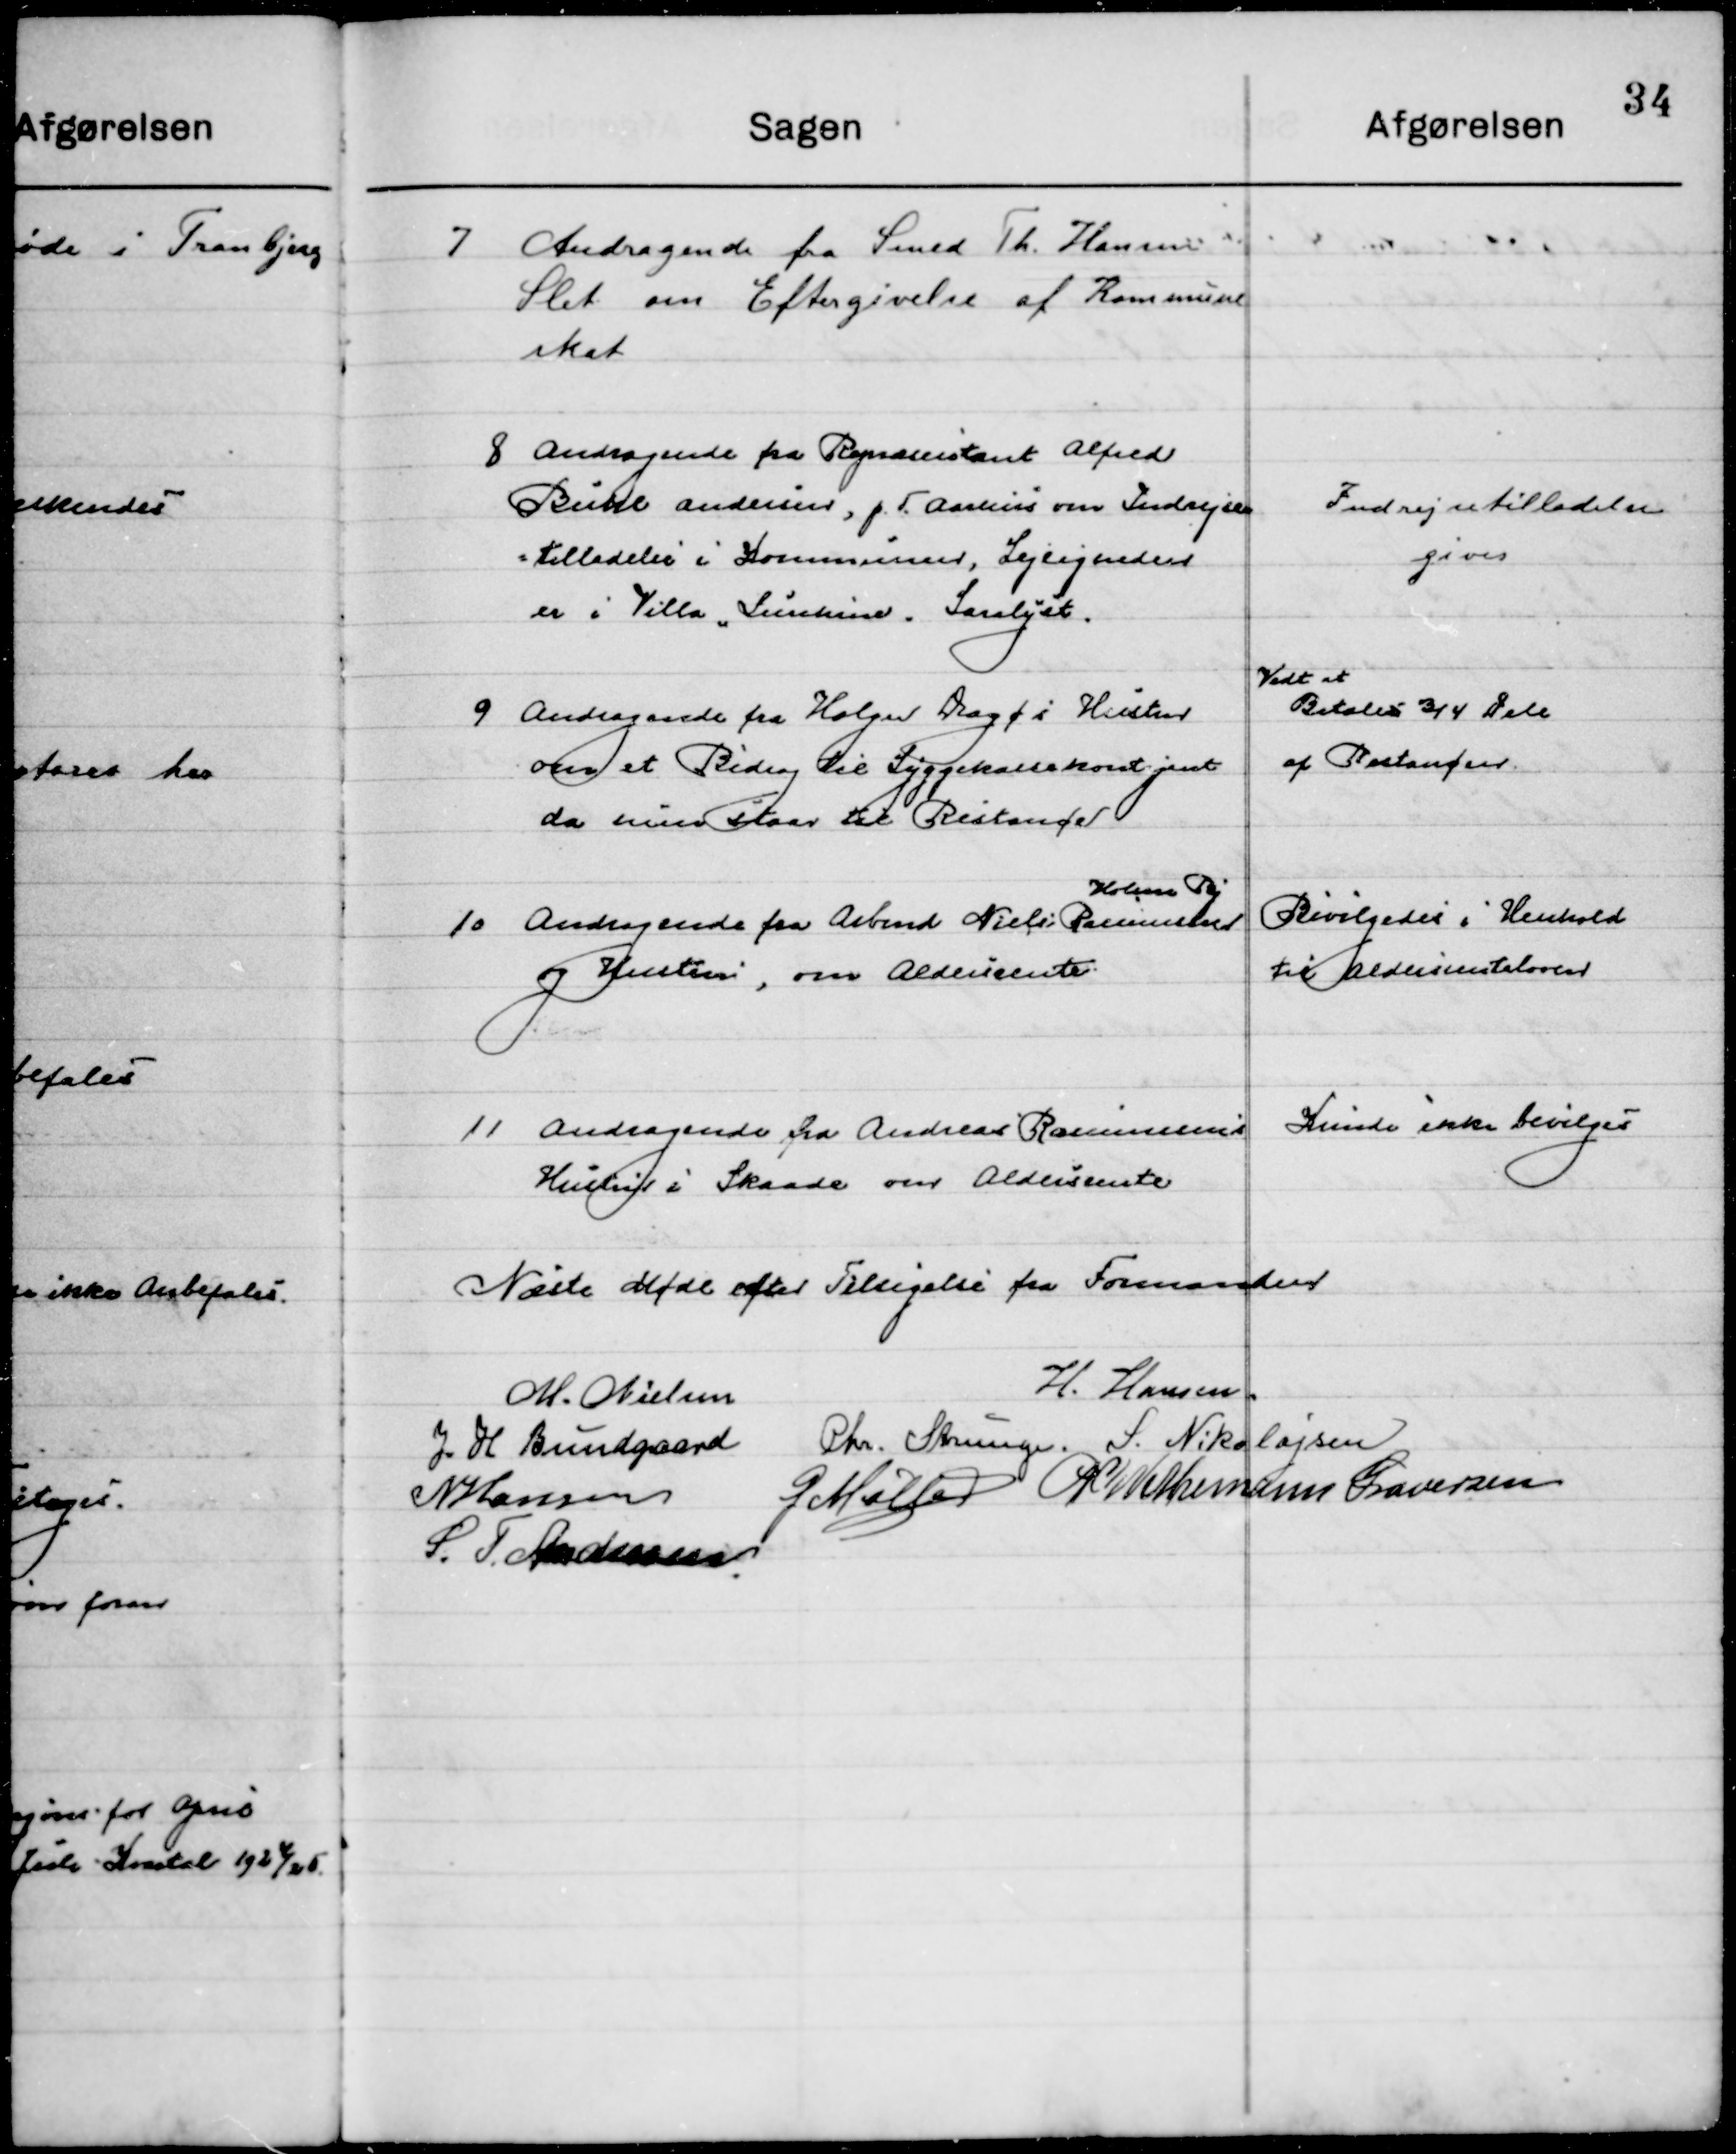
Transskription:
7

Andragende fra Smed Th. Hansen
Slet om Eftergivelse af Kommune 
skat.

8

Andragende fra Repræsentant Alfred
Buhl Andersen, p.T. Aarhus om Indrejse-
tilladelse i Kommunen, Lejligheden
er i Villa ”Sunskind”  Saralyst.

Indrejsetilladelse
gives

9

Andragende fra Holger Dagøs Hustru
om et Bidrag til Sygekassekontingent
da hun staar til Restance

Valt at
Betale ¾ Dele 
af Restancen

10

Andragende fra Arbmd. Niels Rasmussen 
Holme By
og Hustru, om Aldersrente

Bevilgedes i Henhold
Til Aldersrenteloven

11

Andragende fra Andreas Rasmussens
Hustru i Skaade om Aldersrente

Kunde ikke bevilges

Næste Møde efter Tilsigelse fra Formanden

M. Nielsen
H. Hansen
J. H. Bundgaard
Chr. Strunge
S. Nikolajsen
N. Hansen
G. Møller
P. Wethemann Graversen
S. F. Andersen